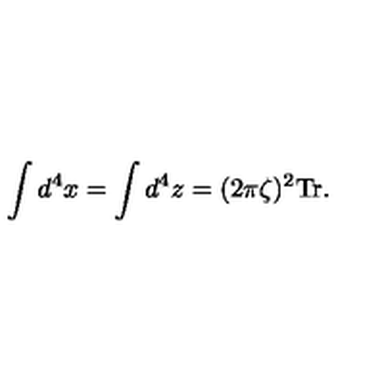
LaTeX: \int d ^ { 4 } x = \int d ^ { 4 } z = ( 2 \pi \zeta ) ^ { 2 } \mathrm { T r } .